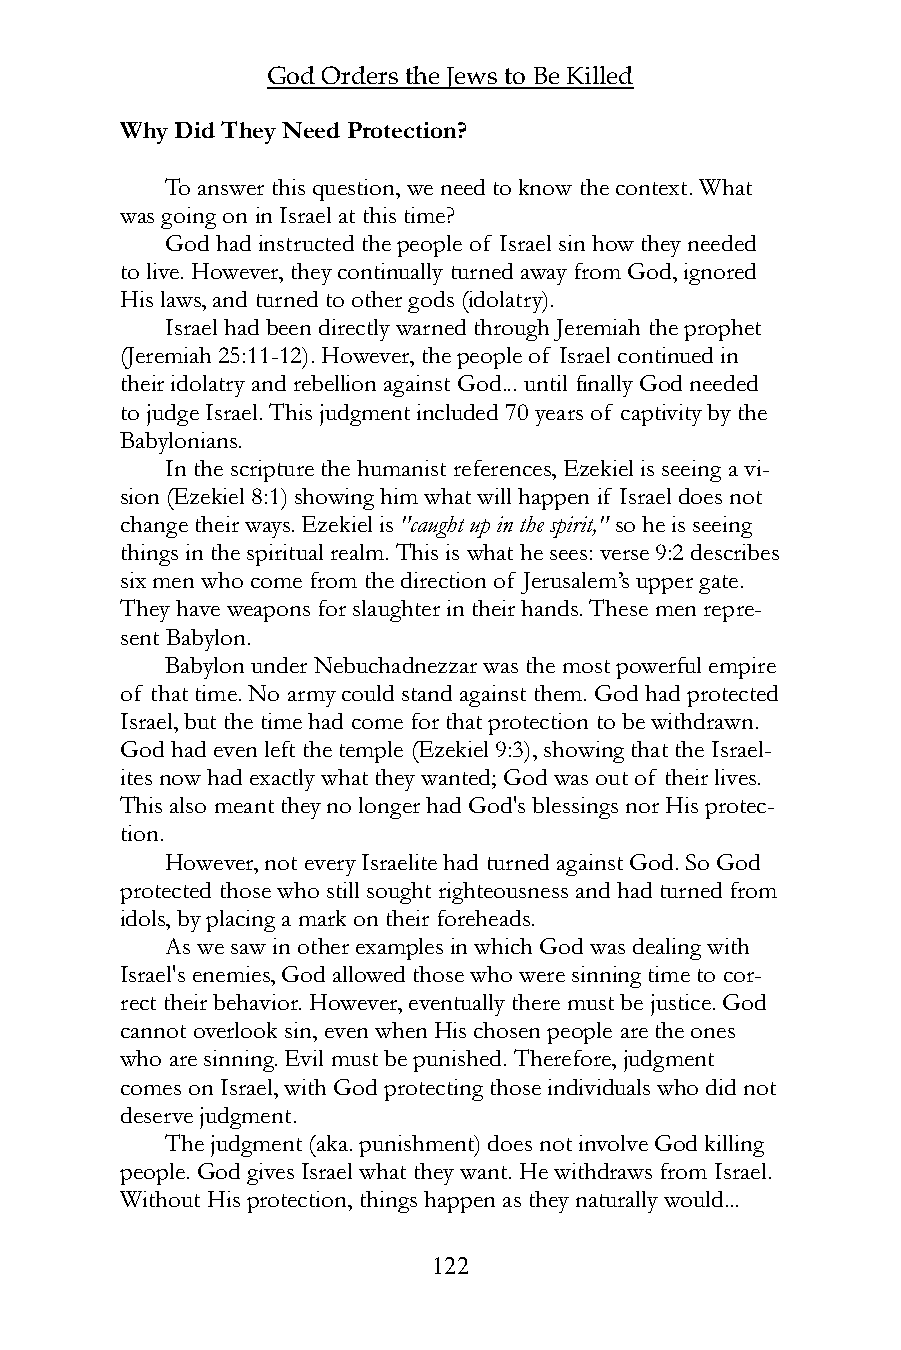
God Orders the Jews to Be Killed
 Why Did They Need Protection?
 To answer this question, we need to know the context. What
 was going on in Israel at this time?
 God had instructed the people of Israel sin how they needed
 to live. However, they continually turned away from God, ignored
 His laws, and turned to other gods (idolatry).
 Israel had been directly warned through Jeremiah the prophet
 (Jeremiah 25:11-12). However, the people of Israel continued in
 their idolatry and rebellion against God... until finally God needed
 to judge Israel. This judgment included 70 years of captivity by the
 Babylonians.
 In the scripture the humanist references, Ezekiel is seeing a vi-
 sion (Ezekiel 8:1) showing him what will happen if Israel does not
 change their ways. Ezekiel is "caught up in the spirit," so he is seeing
 things in the spiritual realm. This is what he sees: verse 9:2 describes
 six men who come from the direction of Jerusalem’s upper gate.
 They have weapons for slaughter in their hands. These men repre-
 sent Babylon.
 Babylon under Nebuchadnezzar was the most powerful empire
 of that time. No army could stand against them. God had protected
 Israel, but the time had come for that protection to be withdrawn.
 God had even left the temple (Ezekiel 9:3), showing that the Israel-
 ites now had exactly what they wanted; God was out of their lives.
 This also meant they no longer had God's blessings nor His protec-
 tion.
 However, not every Israelite had turned against God. So God
 protected those who still sought righteousness and had turned from
 idols, by placing a mark on their foreheads.
 As we saw in other examples in which God was dealing with
 Israel's enemies, God allowed those who were sinning time to cor-
 rect their behavior. However, eventually there must be justice. God
 cannot overlook sin, even when His chosen people are the ones
 who are sinning. Evil must be punished. Therefore, judgment
 comes on Israel, with God protecting those individuals who did not
 deserve judgment.
 The judgment (aka. punishment) does not involve God killing
 people. God gives Israel what they want. He withdraws from Israel.
 Without His protection, things happen as they naturally would...
 122